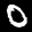
Label: 0